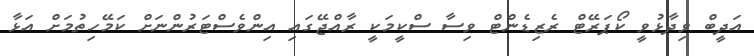
އަދީބް ވިދާޅުވީ ކޯޕަރޭޓް ރެޒިޑެންޓް ވިސާ ސްކީމަކީ ރާއްޖޭގައި އިންވެސްޓަރުންނަށް ކަމޭހިތުމަށް އަޅާ